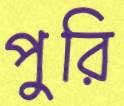
পুরি